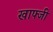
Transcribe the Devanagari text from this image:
खाफ्जी